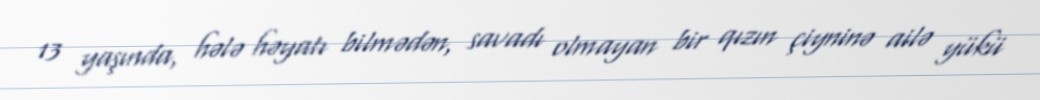
13 yaşında, hələ həyatı bilmədən, savadı olmayan bir qızın çiyninə ailə yükü